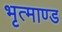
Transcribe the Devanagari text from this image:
भृत्माण्ड